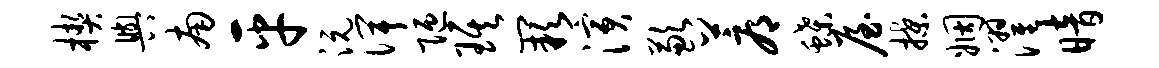
楔舆南平沅俾陋琪缺演歉蓐蝶屋揲姻濯暗